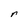
Character: r